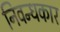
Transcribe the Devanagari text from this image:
निवन्धकार